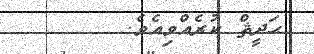
ޙަދީޘް ކުރެއްވިއެވެ.